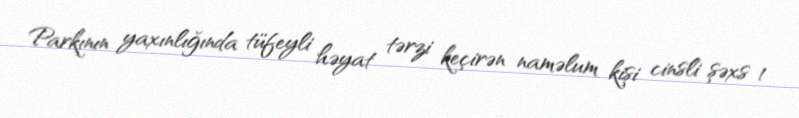
Parkının yaxınlığında tüfeyli həyat tərzi keçirən naməlum kişi cinsli şəxs 1